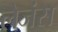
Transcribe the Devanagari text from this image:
लेजंस